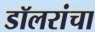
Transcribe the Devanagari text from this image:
डॉलरांचा